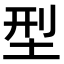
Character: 型